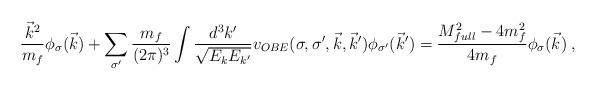
\begin{align*}\frac{\vec k^2}{m_f} \phi_\sigma(\vec k) + \sum_{\sigma'}\frac{m_f}{(2 \pi)^3} \int \frac{d^3k'}{ \sqrt{E_k E_{k'}}}v_{OBE}(\sigma,\sigma',\vec k,\vec k')\phi_{\sigma'}(\vec k')=\frac{M^2_{full}-4m_f^2}{4m_f} \phi_\sigma(\vec{k})\;,\end{align*}